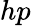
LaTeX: hp